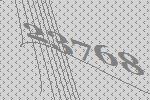
23768